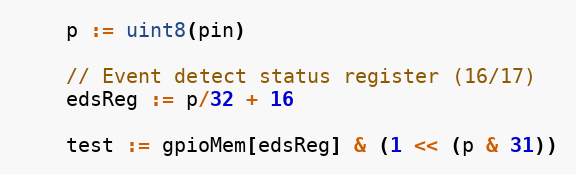
Language: Go
	p := uint8(pin)

	// Event detect status register (16/17)
	edsReg := p/32 + 16

	test := gpioMem[edsReg] & (1 << (p & 31))